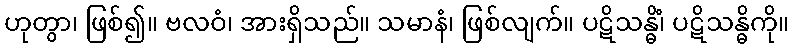
ဟုတွာ၊ ဖြစ်၍။ ဗလဝံ၊ အားရှိသည်။ သမာနံ၊ ဖြစ်လျက်။ ပဋိသန္ဓိံ၊ ပဋိသန္ဓိကို။